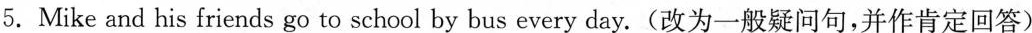
5.Mike and his friends go to school by bus every day.(改为一般疑问句,并作肯定回答)